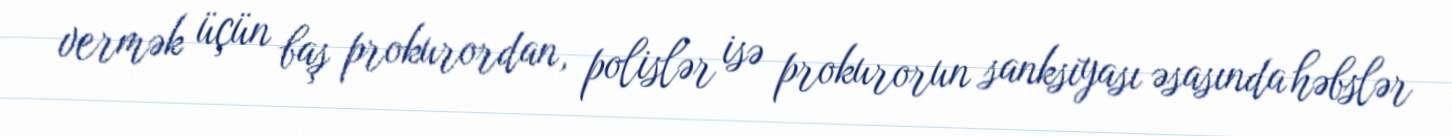
vermək üçün baş prokurordan, polislər isə prokurorun sanksiyası əsasında həbslər